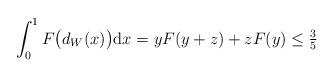
LaTeX: \begin{align*}\int_0^1 F\bigl(d_W(x)\bigr) \mathrm{d} x = yF(y+z)+zF(y)\le \tfrac35\end{align*}